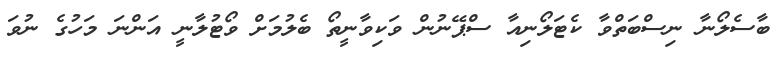
ބާސެލޯނާ ނިސްބަތްވާ ކެޓަލޯނިއާ ސްޕޭނުން ވަކިވާނީތޯ ބެލުމަށް ވޯޓުލާނީ އަންނަ މަހުގެ ނުވަ